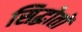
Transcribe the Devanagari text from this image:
सिद्धोतों